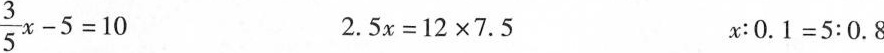
$$\frac { 3 } { 5 } x - 5 = 1 0$$ $$2 . 5 x = 1 2 × 7 . 5$$ $$x ： 0 . 1 = 5 : 0 . 8$$